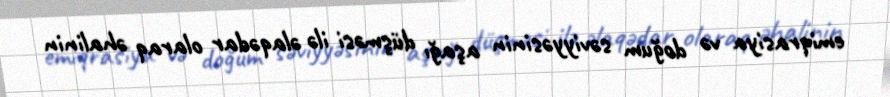
emiqrasiya və doğum səviyyəsinin aşağı düşməsi ilə əlaqədar olaraq əhalinin